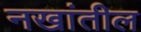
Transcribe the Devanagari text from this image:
नखांतील